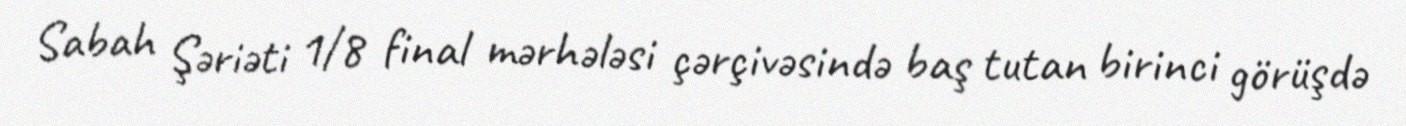
Sabah Şəriəti 1/8 final mərhələsi çərçivəsində baş tutan birinci görüşdə